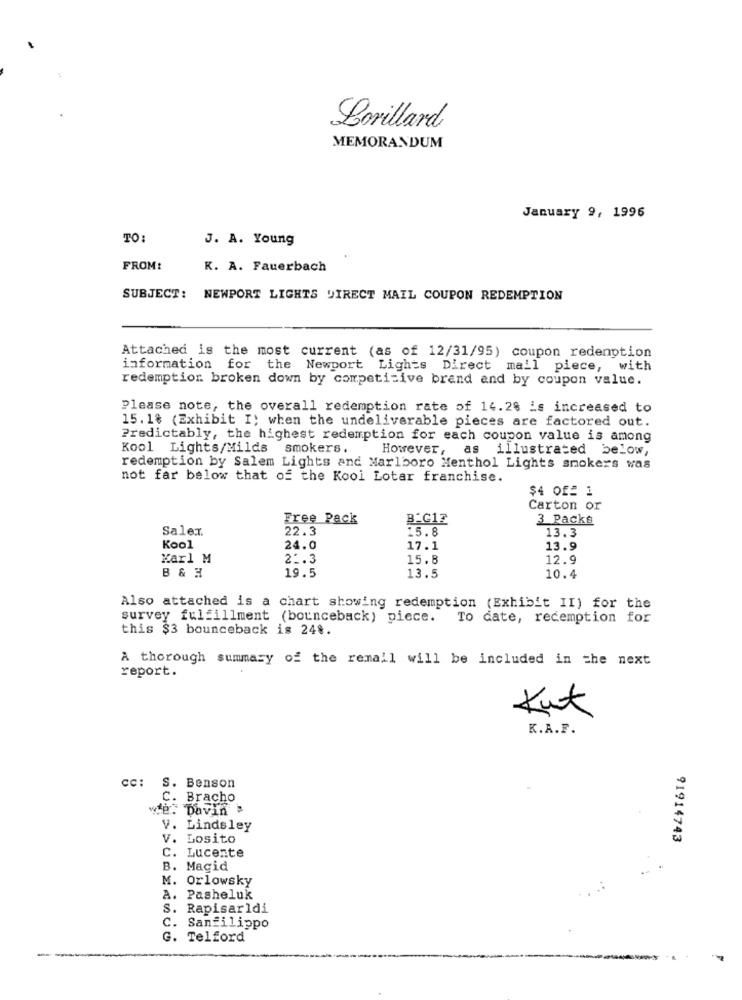
Lorillard
MEMORANDUM
January 9, 1996
TO:
J. A. Young
FROM:
K. A. Fauerbach
SUBJECT: NEWPORT LIGHTS DIRECT MAIL COUPON REDEMPTION
Attached is the most current (as of 12/31/95) coupon redenption
information for the Newport Lights Direct mail piece, with
redemption broken down by competitive brand and by coupon value.
Please note, the overall redemption rate of 14.28 is increased to
15. 1% (Exhibit I; when the undeliverable pieces are factored out.
Predictably, the highest redemption for each coupon value is among
Kool Lights/Milds smokers.
However, as illustrated below,
redemption by Salem Lights and Marlboro Menthol Lights smokers was
not far below that of the Kool Lotar franchise.
$4 Of 1
Carton or
Free Pack
B-G12
3 Packs
Saler.
22.3
15.8
13.3
Kool
24.0
17.1
13.9
Karl M
21.3
15.8
12.9
13.5
B & H
19.5
10.4
Also attached is a chart showing redemption (Exhibit II) for the
survey fulfillment (bounceback) piece.
To date, redemption for
this $3 bounceback is 24%.
A thorough summary of the remail will be included in the next
report.
Kut
K.A.F.
S. Benson
C. Bracho
wie. Davin
V. Lindsley
V. Losito
91914743
C. Lucente
B. Magid
M. Orlowsky
A. Pasheluk
S. Rapisarldi
C. Sanfilippo
G. Telford
-